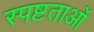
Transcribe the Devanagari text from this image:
स्पष्टताओं